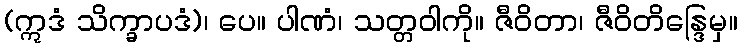
(ဣဒံ သိက္ခာပဒံ)၊ ပေ။ ပါဏံ၊ သတ္တဝါကို။ ဇီဝိတာ၊ ဇီဝိတိန္ဒြေမှ။